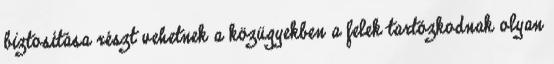
biztosítása részt vehetnek a közügyekben a felek tartózkodnak olyan